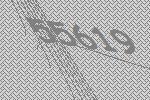
55619